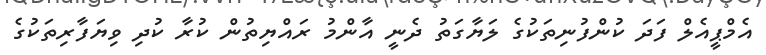
އެމްޕީއެލް ފަދަ ކުންފުނިތަކުގެ ލަޔާގަތު ދެނީ އާންމު ރައްޔިތުން ކުރާ ކުދި ވިޔަފާރިތަކުގެ